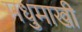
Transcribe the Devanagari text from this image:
मधुमाखी